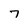
Character: 7